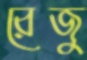
রেজু